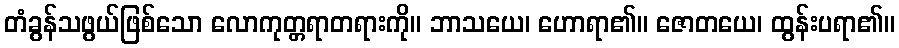
တံခွန်သဖွယ်ဖြစ်သော လောကုတ္တရာတရားကို။ ဘာသယေ၊ ဟောရာ၏။ ဇောတယေ၊ ထွန်းပရာ၏။